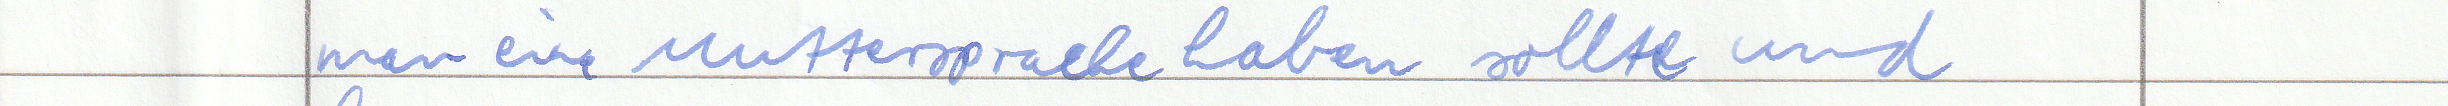
man eine Muttersprache haben sollte und